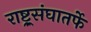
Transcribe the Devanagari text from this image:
राष्ट्र्रसंघातर्फे